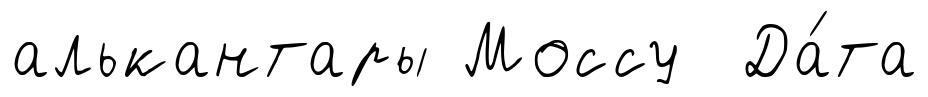
алькантары Моссу Да́та